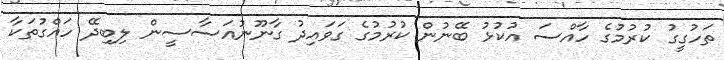
ތަހުގީގު ކުރުމުގެ ހާއްސަ އުކުޅު ބޭނުން ކުރުމުގެ ގަވައިދު ގާނޫނުއަސާސީން ލިބިދޭ ހައްގުތަކާ